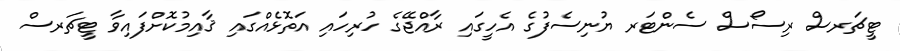
ޓީޗަރސް ރިސޯސް ސެންޓަރ ޔުނިސެފުގެ އެހީގައި ރާއްޖޭގެ ހުރިހައި އަތޮޅެއްގައި ޤާއިމުކޮށްފައިވާ ޓީޗަރސް